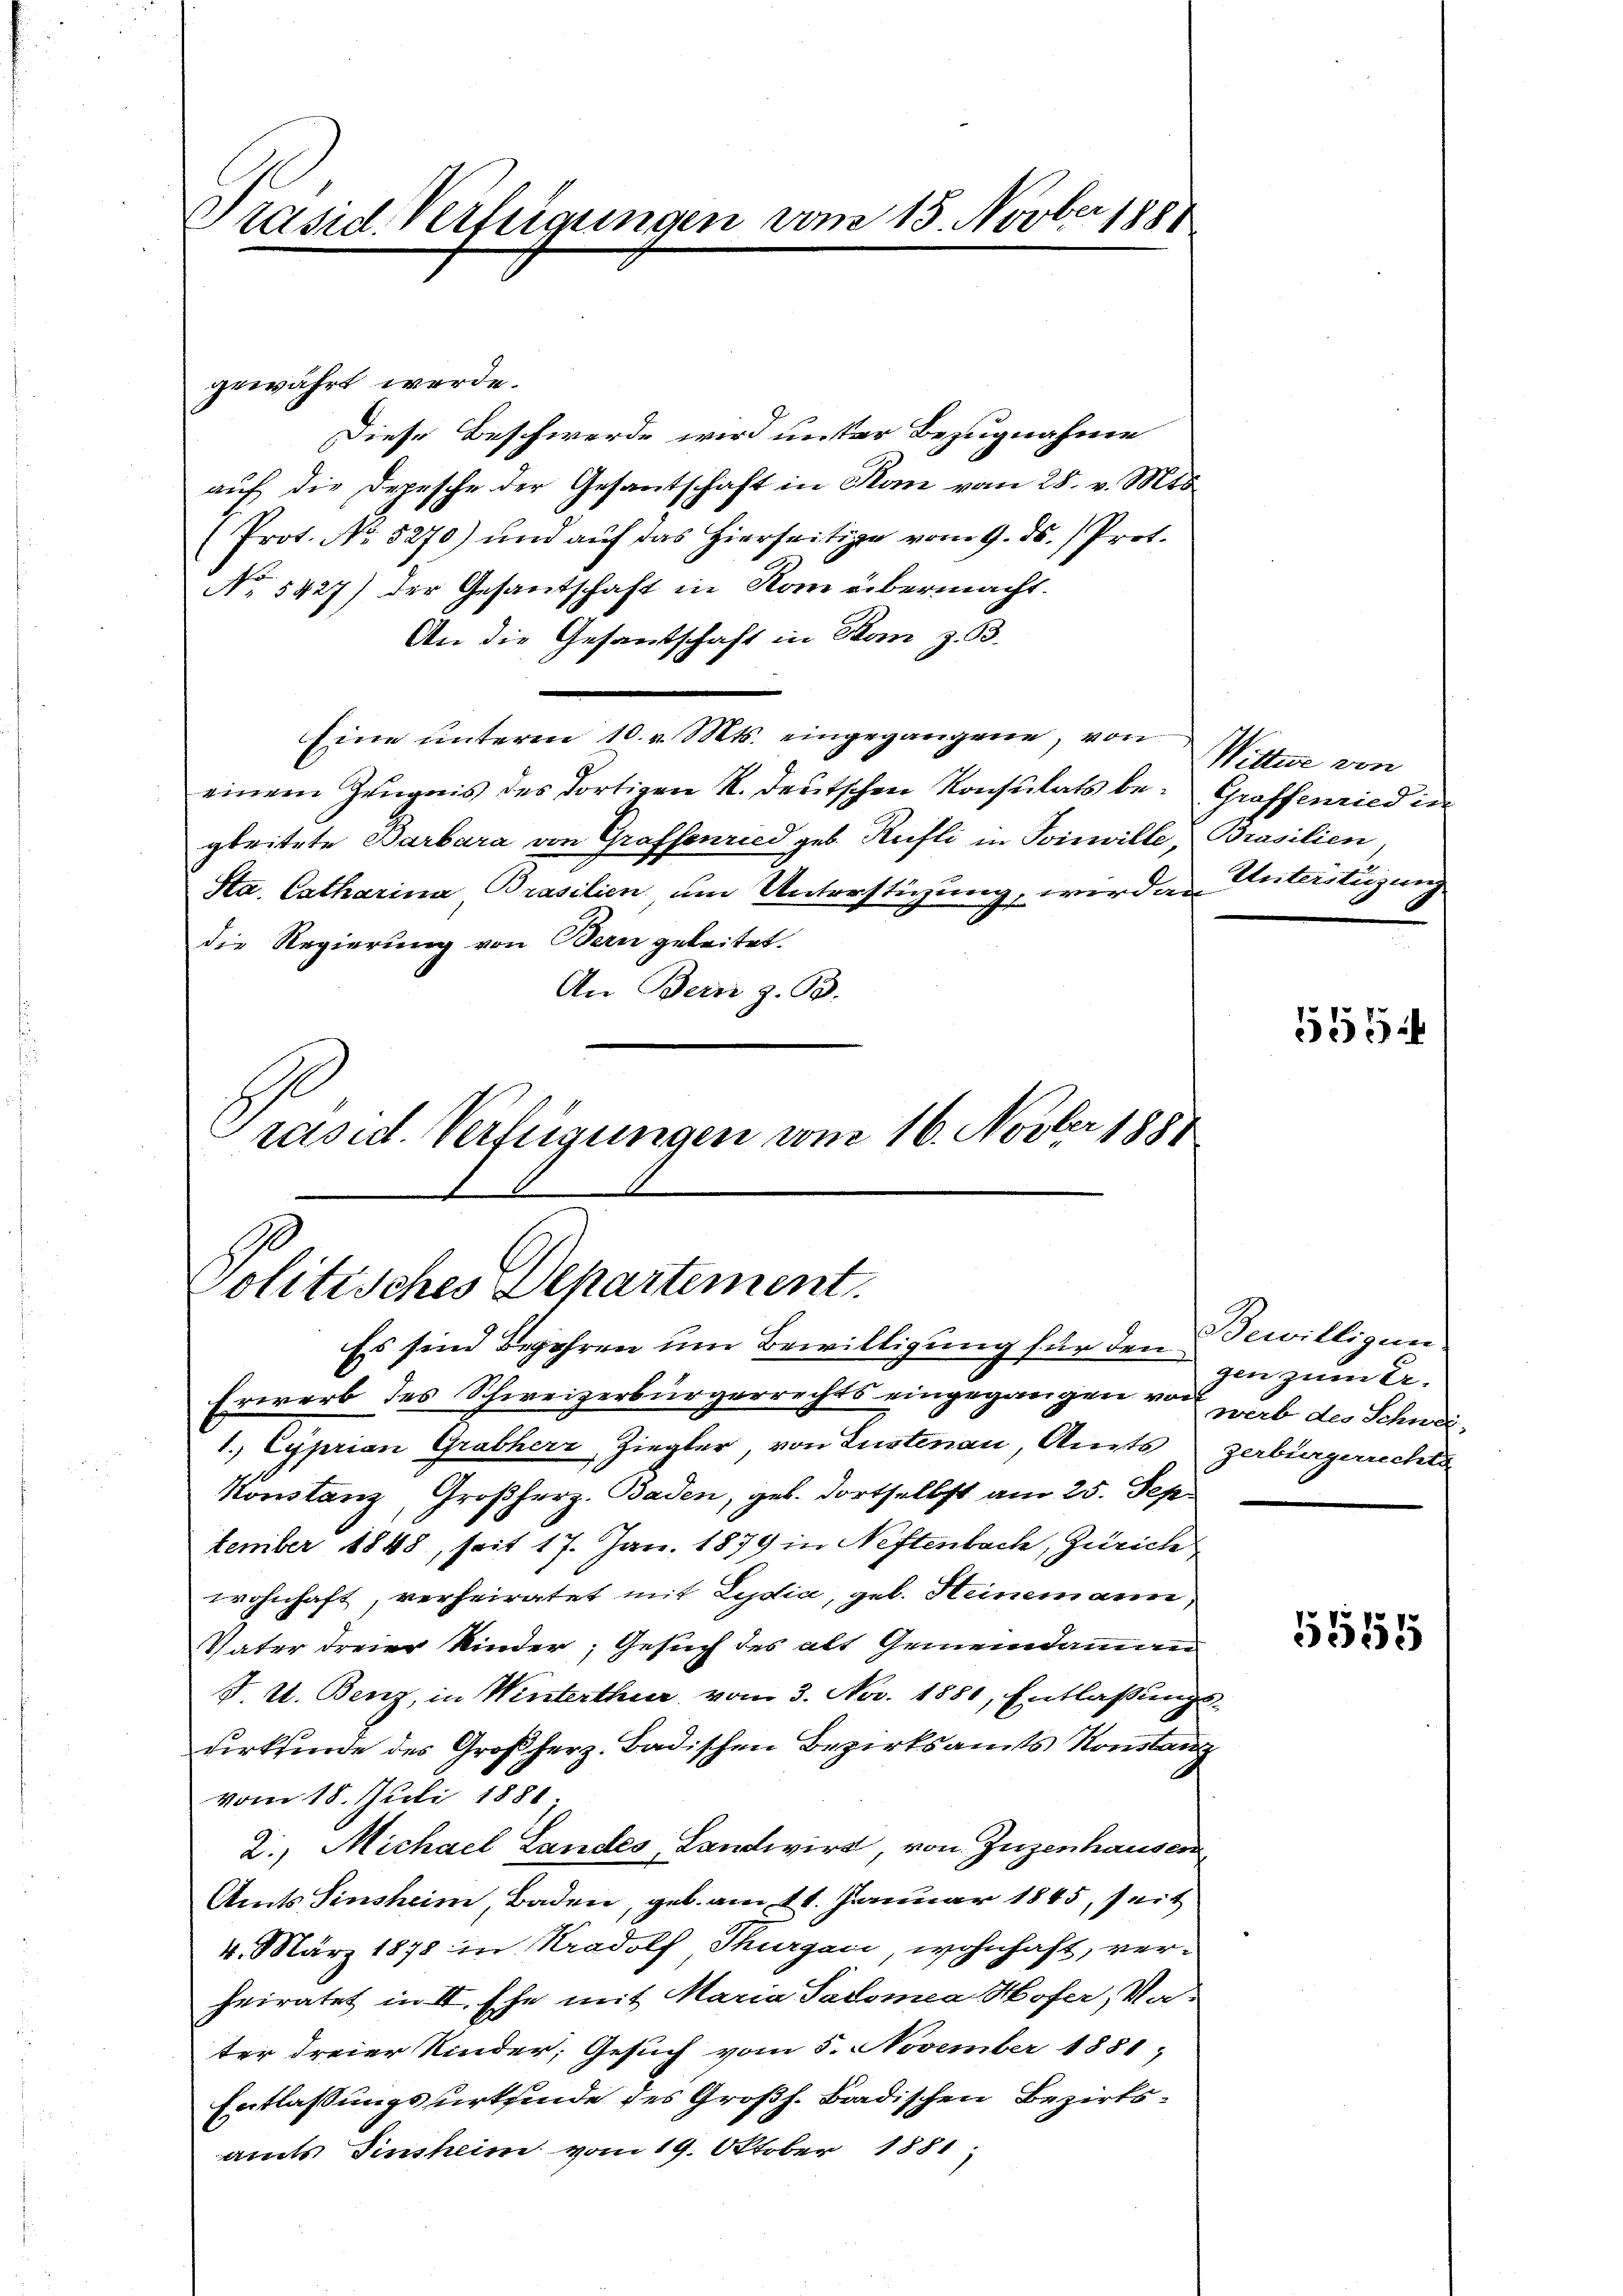
Präsid. Verfügungen vom 13. Novber 1888

gewährt werde.
Diese Beschwerde wird unter Bezugnahme
auf die Depesche der Gesantschaft in Kan vom 28. v. Mts.
(Prot. No. 5270) und auf das hierseitige vom 9. ds. Prof.
No 5427) der Gesantschaft in Rom übermacht.
An die Gesandschaft in Man z. B.
Eine unterm 10. v. Mts. eingegangene, von
einem Zeugnis des dortigen R. deutschen Konsulats be- Graffenried der
gleitete Barbara von Grafsenried geb. Rüfli in Poinwille, Brasilien
Sta. Catharina Brasilien um Unterstigung, worden Weiterstüzung
die Regierung von Bern geleitet.
An Bern z. B.
rasid. Verfügungen vom 16. Novber 1881

Politisches Departement.

Es sind Begehren um Bewilligung für den Bewilligun
Erwerb des Schweizerbürgerrechts eingegangen von gab des Schwei¬
1.) Cyprian Grabherr, Ziegler, von Lustenau, Amts zerbürgencha
Konstanz, Großherz. Baden, geb. dortselbst am 25. Sep.
tember 1848, seit 17. Jan. 1879 in Neftenbach, Zürich
wohnhaft, verheiratet mit Lydia, geb. Heinemann,
Vater dreier Kinder; Gesuch des alt Gemeindammann
J. U. Benz, in Winterthur vom 3. Nov. 1881, Entlassungsurkunde des Großherz. Badischen Bezirksamts Konstanz
vom 18. Juli 1881
2., Michael Landes, Landwird, von Zuzenhausen
Amts Sinsheim, Baden, geb. am 11. Januar 1845, seit
4. März 1878 in Radolf Thurgau, wohnhaft, verheiratet in II. Ehe mit Maria Padomea Hofer, Vater dreier Kinder, Gesuch vom 5. November 1881,
Entlassungsurtfinde des Großh. Badischen Bezirks-
amts Einsheim vom 19. Oktober 1881

Wittwe von

555

genzune

1581